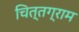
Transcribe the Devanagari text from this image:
चित्तग्राम